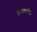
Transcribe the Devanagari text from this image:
अर्थासाठी